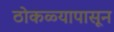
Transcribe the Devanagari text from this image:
ठोकळ्यापासून